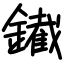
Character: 䥫